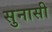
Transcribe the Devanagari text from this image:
सुनासी